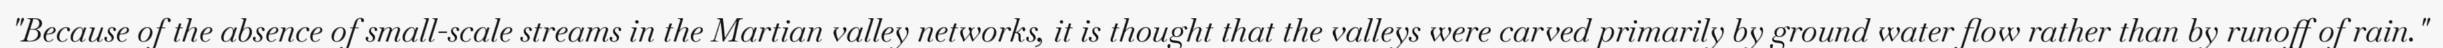
"Because of the absence of small-scale streams in the Martian valley networks, it is thought that the valleys were carved primarily by ground water flow rather than by runoff of rain."